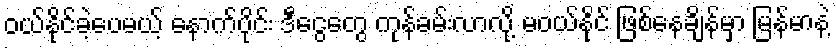
ဝယ်နိုင်ခဲ့ပေမယ့် နောက်ပိုင်း ဒီငွေတွေ ကုန်ခမ်းလာလို့ မဝယ်နိုင် ဖြစ်နေချိန်မှာ မြန်မာနဲ့